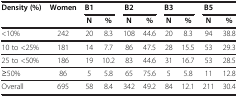
<table><thead><tr><td><b>Density (%)</b></td><td><b>Women</b></td><td><b>B1</b></td><td><b> </b></td><td><b>B2</b></td><td><b> </b></td><td><b>B3</b></td><td><b> </b></td><td><b>B5</b></td><td><b> </b></td></tr><tr><td><b> </b></td><td><b> </b></td><td><b>N</b></td><td><b>%</b></td><td><b>N</b></td><td><b>%</b></td><td><b>N</b></td><td><b>%</b></td><td><b>N</b></td><td><b>%</b></td></tr></thead><tbody><tr><td>&lt;10%</td><td>242</td><td>20</td><td>8.3</td><td>108</td><td>44.6</td><td>20</td><td>8.3</td><td>94</td><td>38.8</td></tr><tr><td>10 to &lt;25%</td><td>181</td><td>14</td><td>7.7</td><td>86</td><td>47.5</td><td>28</td><td>15.5</td><td>53</td><td>29.3</td></tr><tr><td>25 to &lt;50%</td><td>186</td><td>19</td><td>10.2</td><td>83</td><td>44.6</td><td>31</td><td>16.7</td><td>53</td><td>28.5</td></tr><tr><td>≥50%</td><td>86</td><td>5</td><td>5.8</td><td>65</td><td>75.6</td><td>5</td><td>5.8</td><td>11</td><td>12.8</td></tr><tr><td>Overall</td><td>695</td><td>58</td><td>8.4</td><td>342</td><td>49.2</td><td>84</td><td>12.1</td><td>211</td><td>30.4</td></tr></tbody></table>